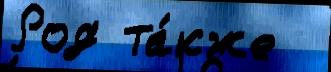
Род та́кже